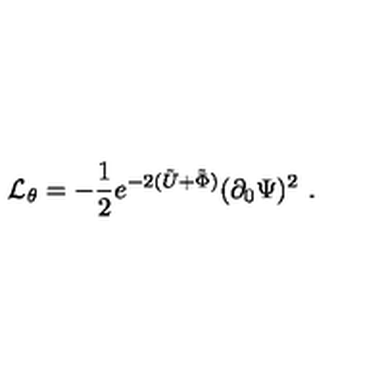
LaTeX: { \cal { L } } _ { \theta } = - { \frac { 1 } { 2 } } e ^ { - 2 ( \tilde { U } + \tilde { \Phi } ) } ( \partial _ { 0 } \Psi ) ^ { 2 } \ .